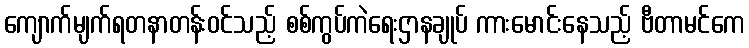
ကျောက်မျက်ရတနာတန်းဝင်သည့် စစ်ကွပ်ကဲရေးဌာနချုပ် ကားမောင်းနေသည့် ဗီတာမင်ကေ